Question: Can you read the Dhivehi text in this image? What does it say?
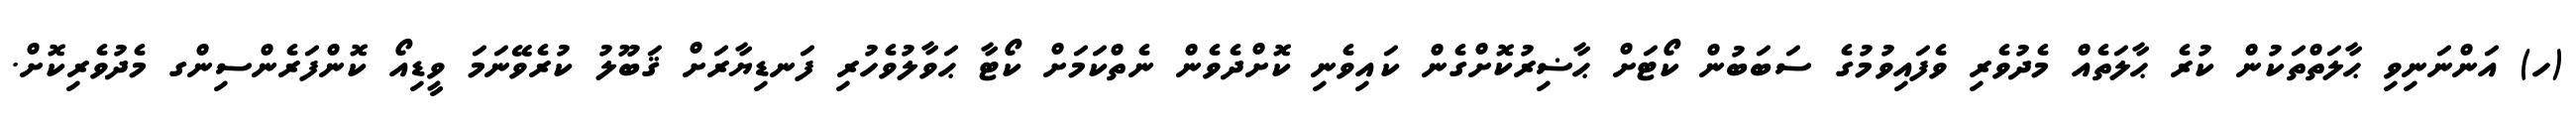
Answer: (ހ) އަންނަނިވި ޙާލަތްތަކުން ކުރެ ޙާލަތެއް މެދުވެރި ވެފައިވުމުގެ ސަބަބުން ކޯޓަށް ޙާޟިރުކޮށްގެން ކައިވެނި ކޮށްދެވެން ނެތްކަމަށް ކޯޓާ ޙަވާލުވެހުރި ފަނޑިޔާރަށް ޤަބޫލު ކުރެވޭނަމަ ވީޑިއޯ ކޮންފަރެންސިންގ މެދުވެރިކޮށް.